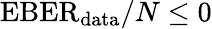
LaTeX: \mathrm{EBER}_{\mathrm{data}}/N\le 0